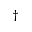
^ \dagger